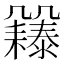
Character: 𠙲